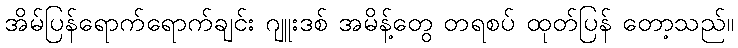
အိမ်ပြန်ရောက်ရောက်ချင်း ဂျူးဒစ် အမိန့်တွေ တရစပ် ထုတ်ပြန် တော့သည်။